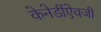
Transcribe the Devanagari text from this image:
केनेडींऐवजी